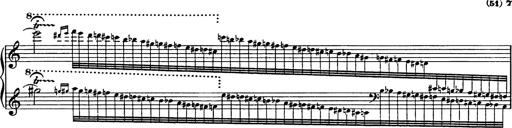
Title: Galop in A minor
Composer: Franz Liszt
Key: A minor